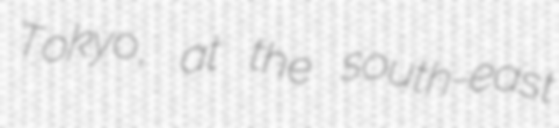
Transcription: Tokyo, at the south-east